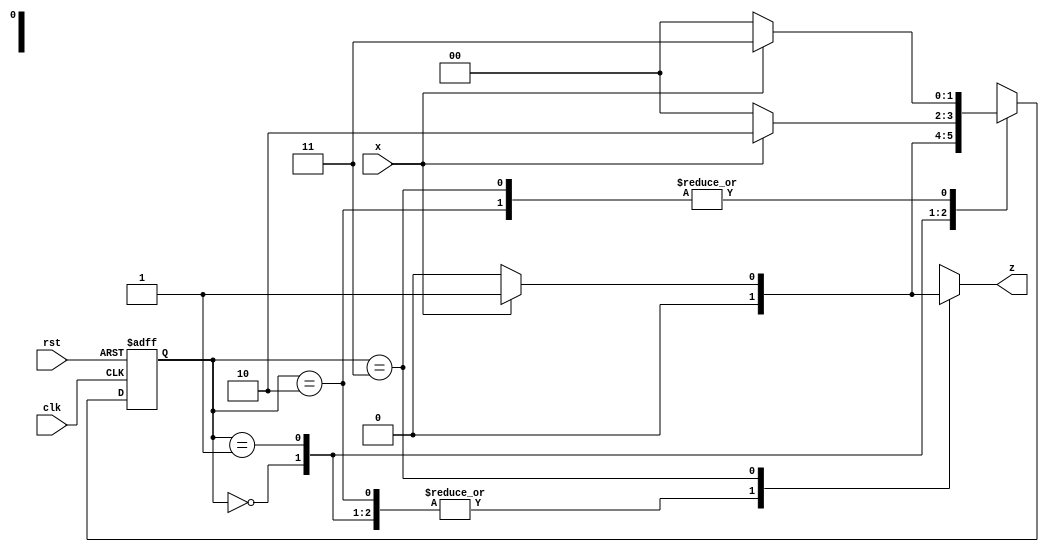
module seq(x,clk,rst,z);
input clk,rst,x;
output reg z;
parameter A=0,B=1,C=2,D=3;
reg [1:0] ps,ns;
always@(posedge clk or posedge rst) 
	if(rst) ps<=A;
	else ps<=ns;
always@(ps,x) 
	case(ps)
	A:begin
	       z=x?0:0;
       	       ns=x?B:A;	       
	  end
	B:begin
	        z=x?0:0;
       	       ns=x?C:A;		
	  end
	C:begin
	        z=x?0:0;
       	       ns=x?D:A;		
	  end
	D:begin
	        z=x?1:0;
       	       ns=x?D:A;		
	  end

endcase
endmodule